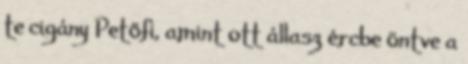
te cigány Petőfi, amint ott állasz ércbe öntve a